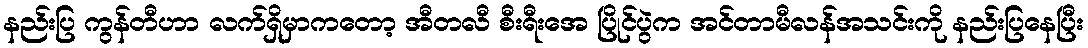
နည်းပြ ကွန်တီဟာ လက်ရှိမှာကတော့ အီတလီ စီးရီးအေ ပြိုင်ပွဲက အင်တာမီလန်အသင်းကို နည်းပြနေပြီး